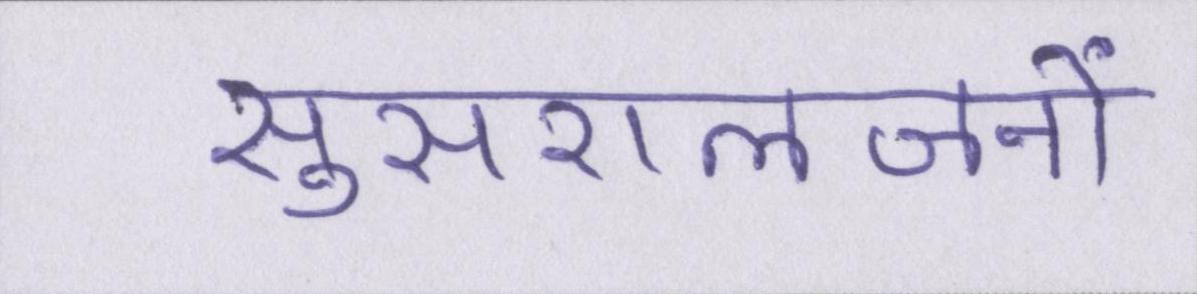
सुसरालजनों